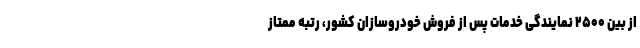
از بین ۲۵۰۰ نمایندگی خدمات پس از فروش خودروسازان کشور، رتبه ممتاز